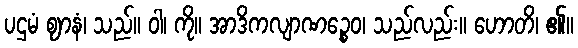
ပဌမံ ဈာနံ၊ သည်။ ဝါ၊ ကို။ အာဒိကလျာဏဉ္စေဝ၊ သည်လည်း။ ဟောတိ၊ ၏။